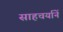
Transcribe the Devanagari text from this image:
साहचर्यानें